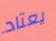
يعتاد